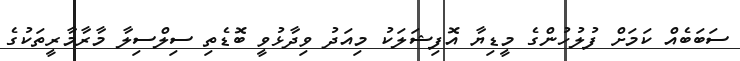
ސަބަބެއް ކަމަށް ފުލުހުންގެ މީޑިޔާ އޮފިޝަލަކު މިއަދު ވިދާޅުވީ ބޮޑެތި ސިލްސިލާ މާރާމާރީތަކުގެ